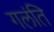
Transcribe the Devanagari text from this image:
गलंति